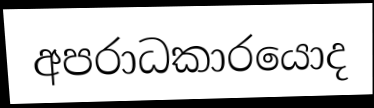
අපරාධකාරයොද